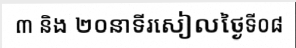
៣ និង ២០នាទីរសៀលថ្ងៃទី០៨